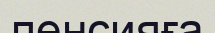
пенсияға